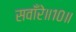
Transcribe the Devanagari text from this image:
सवाँरे॥१०॥